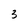
Character: 3